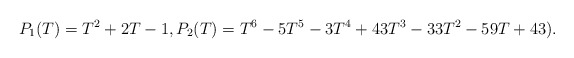
\begin{align*}P_1(T) = T^2 + 2T - 1, P_2(T) = T^6 - 5T^5 - 3T^4 + 43T^3 - 33T^2 - 59T + 43).\end{align*}